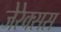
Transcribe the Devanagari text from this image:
जेरेक्सस